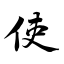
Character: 使